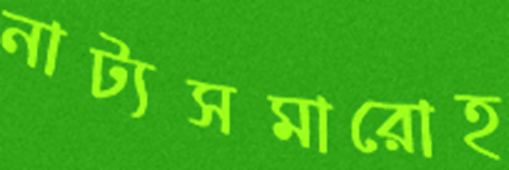
নাট্যসমারোহ